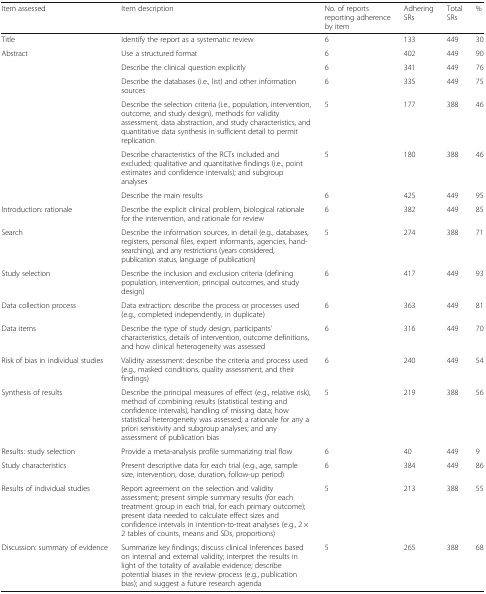
<table><thead><tr><td><b>Item assessed</b></td><td><b>Item description</b></td><td><b>No. of reports reporting adherence by item</b></td><td><b>Adhering SRs</b></td><td><b>Total SRs</b></td><td><b>%</b></td></tr></thead><tbody><tr><td>Title</td><td>Identify the report as a systematic review</td><td>6</td><td>133</td><td>449</td><td>30</td></tr><tr><td rowspan="6">Abstract</td><td>Use a structured format</td><td>6</td><td>402</td><td>449</td><td>90</td></tr><tr><td>Describe the clinical question explicitly</td><td>6</td><td>341</td><td>449</td><td>76</td></tr><tr><td>Describe the databases (i.e., list) and other information sources</td><td>6</td><td>335</td><td>449</td><td>75</td></tr><tr><td>Describe the selection criteria (i.e., population, intervention, outcome, and study design), methods for validity assessment, data abstraction, and study characteristics, and quantitative data synthesis in sufficient detail to permit replication</td><td>5</td><td>177</td><td>388</td><td>46</td></tr><tr><td>Describe characteristics of the RCTs included and excluded; qualitative and quantitative findings (i.e., point estimates and confidence intervals); and subgroup analyses</td><td>5</td><td>180</td><td>388</td><td>46</td></tr><tr><td>Describe the main results</td><td>6</td><td>425</td><td>449</td><td>95</td></tr><tr><td>Introduction: rationale</td><td>Describe the explicit clinical problem, biological rationale for the intervention, and rationale for review</td><td>6</td><td>382</td><td>449</td><td>85</td></tr><tr><td>Search</td><td>Describe the information sources, in detail (e.g., databases, registers, personal files, expert informants, agencies, hand-searching), and any restrictions (years considered, publication status, language of publication)</td><td>5</td><td>274</td><td>388</td><td>71</td></tr><tr><td>Study selection</td><td>Describe the inclusion and exclusion criteria (defining population, intervention, principal outcomes, and study design)</td><td>6</td><td>417</td><td>449</td><td>93</td></tr><tr><td>Data collection process</td><td>Data extraction: describe the process or processes used (e.g., completed independently, in duplicate)</td><td>6</td><td>363</td><td>449</td><td>81</td></tr><tr><td>Data items</td><td>Describe the type of study design, participants’ characteristics, details of intervention, outcome definitions, and how clinical heterogeneity was assessed</td><td>6</td><td>316</td><td>449</td><td>70</td></tr><tr><td>Risk of bias in individual studies</td><td>Validity assessment: describe the criteria and process used (e.g., masked conditions, quality assessment, and their findings)</td><td>6</td><td>240</td><td>449</td><td>54</td></tr><tr><td>Synthesis of results</td><td>Describe the principal measures of effect (e.g., relative risk), method of combining results (statistical testing and confidence intervals), handling of missing data; how statistical heterogeneity was assessed; a rationale for any a priori sensitivity and subgroup analyses; and any assessment of publication bias</td><td>5</td><td>219</td><td>388</td><td>56</td></tr><tr><td>Results: study selection</td><td>Provide a meta-analysis profile summarizing trial flow</td><td>6</td><td>40</td><td>449</td><td>9</td></tr><tr><td>Study characteristics</td><td>Present descriptive data for each trial (e.g., age, sample size, intervention, dose, duration, follow-up period)</td><td>6</td><td>384</td><td>449</td><td>86</td></tr><tr><td>Results of individual studies</td><td>Report agreement on the selection and validity assessment; present simple summary results (for each treatment group in each trial, for each primary outcome); present data needed to calculate effect sizes and confidence intervals in intention-to-treat analyses (e.g., 2 × 2 tables of counts, means and SDs, proportions)</td><td>5</td><td>213</td><td>388</td><td>55</td></tr><tr><td>Discussion: summary of evidence</td><td>Summarize key findings; discuss clinical inferences based on internal and external validity; interpret the results in light of the totality of available evidence; describe potential biases in the review process (e.g., publication bias); and suggest a future research agenda</td><td>5</td><td>265</td><td>388</td><td>68</td></tr></tbody></table>